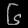
Digit: ၆